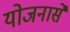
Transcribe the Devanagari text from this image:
योजनासे